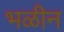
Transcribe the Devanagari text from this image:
भळीन